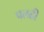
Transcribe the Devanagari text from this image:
पलही